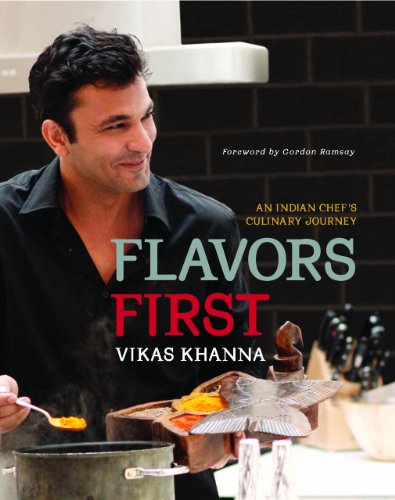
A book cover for Flavors First: An Indian Chef's Culinary Journey; Vikas Khanna; Cookbooks, Food & Wine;